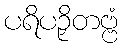
ပရိပဉှိတဗ္ဗံ